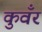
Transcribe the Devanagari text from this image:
कुवँर